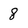
Character: 8